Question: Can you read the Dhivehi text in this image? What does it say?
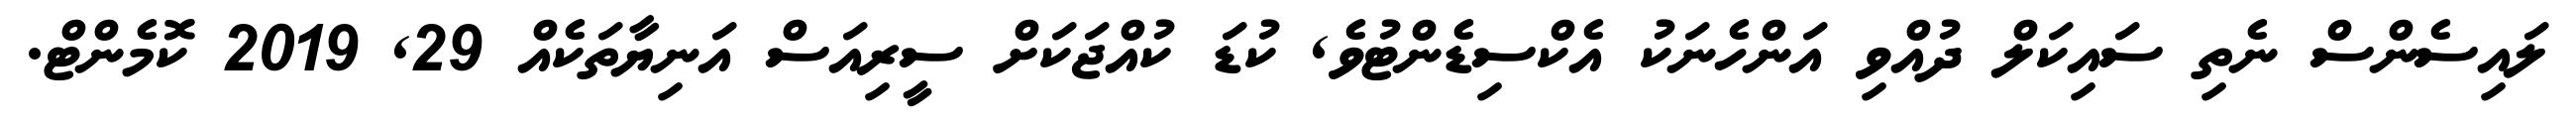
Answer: ލައިސެންސް ނެތި ސައިކަލް ދުއްވި އަންހެނަކު އެކްސިޑެންޓުވެ, ކުޑަ ކުއްޖަކަށް ސީރިއަސް އަނިޔާތަކެއް 29, 2019 ކޮމެންޓް.